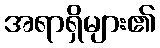
အရာရှိများ၏